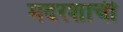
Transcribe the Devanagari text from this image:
मदरशाची